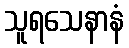
သူရသေနာနံ